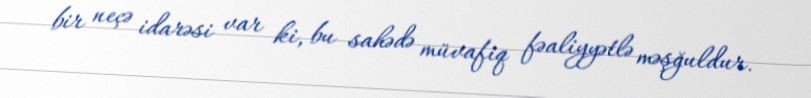
bir neçə idarəsi var ki, bu sahədə müvafiq fəaliyyətlə məşğuldur.